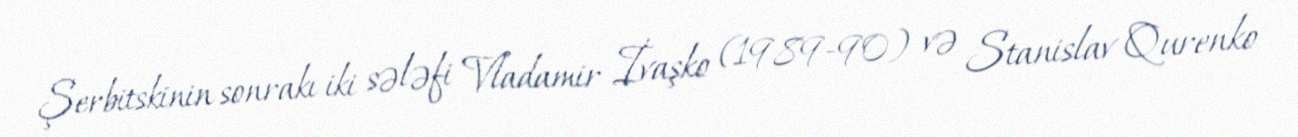
Şerbitskinin sonrakı iki sələfi Vladamir İvaşko (1989-90) və Stanislav Qurenko